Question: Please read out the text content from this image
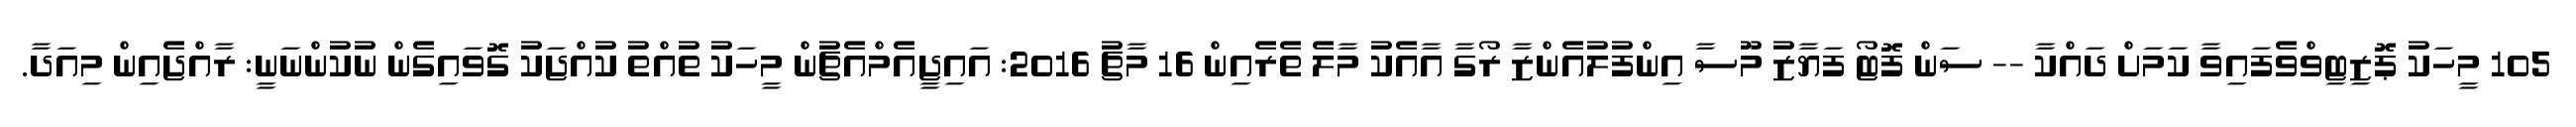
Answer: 105 މީހަކު ޕޮޒިޓިވްވެފައިވާ ކަމަށް ދައްކާ -- ސަން ފޮޓޯ ފަޔާޒު މޫސާ އިންފުލުއެންޒާ ރޯގާ އާއެކު މާލެ ތެރެއިން 16 މާޗު 2016: އައިޖީއެމްއެޗުން މީހަކު ތުއްތު ކުއްޖަކު ގޮވައިގެން ނުކުންނަނީ: ރާއްޖެއިން މިއަދާ.